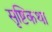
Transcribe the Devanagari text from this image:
सृष्टिकथा